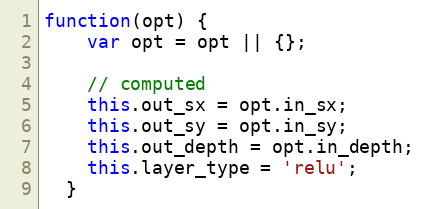
Language: JavaScript
function(opt) {
    var opt = opt || {};

    // computed
    this.out_sx = opt.in_sx;
    this.out_sy = opt.in_sy;
    this.out_depth = opt.in_depth;
    this.layer_type = 'relu';
  }